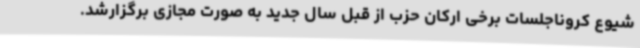
شیوع کروناجلسات برخی ارکان حزب از قبل سال جدید به صورت مجازی برگزارشد.